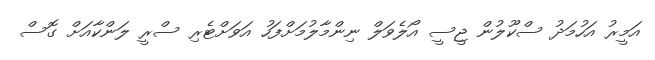
އަމީރު އަހުމަދު ސްކޫލުން ޖީސީ އޯލެވަލް ނިންމާލުމަށްފަހު އަވަށްޓެރި ސްރީ ލަންކާއަށް ގޮސް